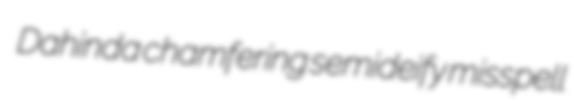
Dahinda chamfering semideify misspell